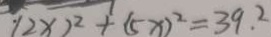
( 2 x ) ^ { 2 } + ( 5 x ) ^ { 2 } = 3 9 . 2